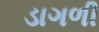
ડાગળી